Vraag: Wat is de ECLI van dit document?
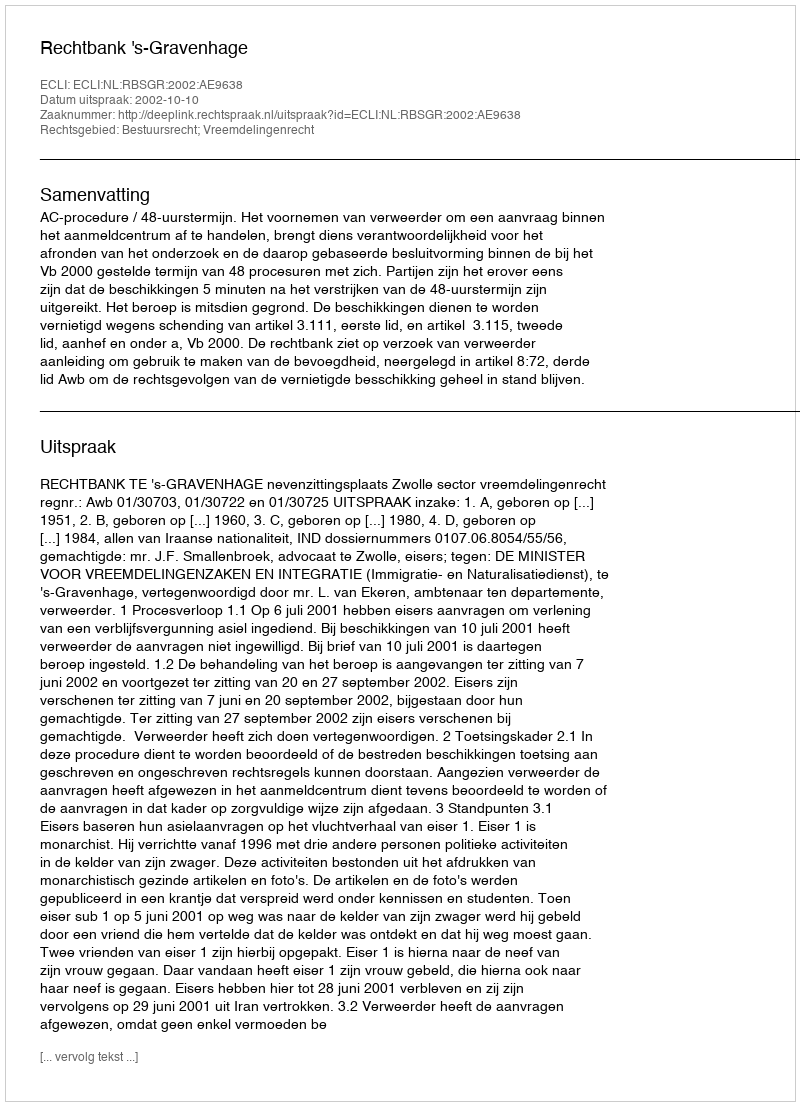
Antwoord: ECLI:NL:RBSGR:2002:AE9638